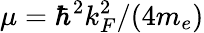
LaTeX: \mu=\hbar^{2}k_{F}^{2}/(4m_{e})